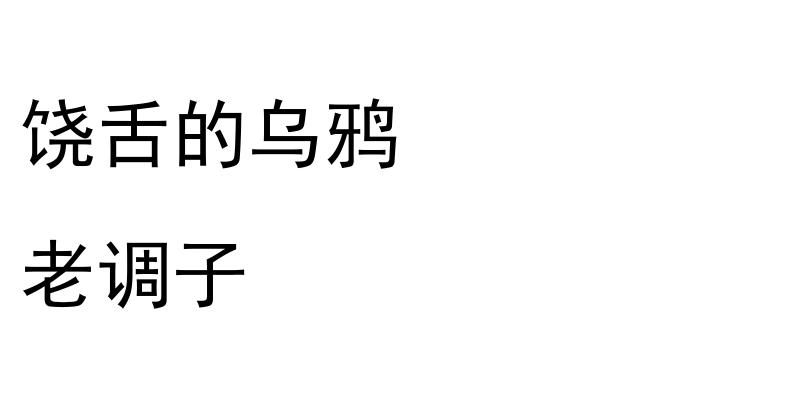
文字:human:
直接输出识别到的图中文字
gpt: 饶舌的乌鸦 老调子